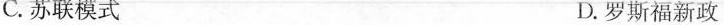
C.苏联模式 D.罗斯福新政